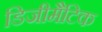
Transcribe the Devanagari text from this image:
डिजीमैटिक